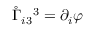
\mathring { \Gamma } _ { i 3 } { } ^ { 3 } = \partial _ { i } \varphi